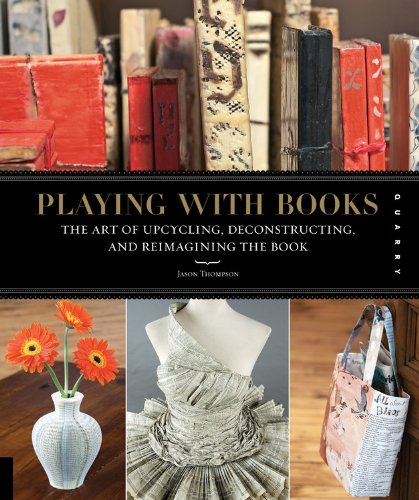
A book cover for Playing with Books: The Art of Upcycling, Deconstructing, and Reimagining the Book; Jason Thompson; Crafts, Hobbies & Home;